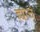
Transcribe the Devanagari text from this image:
ह्याचं